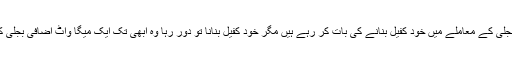
نتیش کمار گذشتہ 5 برسوں سے بہار کو بجلی کے معاملے میں خود کفیل بنانے کی بات کر رہے ہیں مگر خود کفیل بنانا تو دور رہا وہ ابھی تک ایک میگا واٹ اضافی بجلی کی پیداوار کا بھی انتظام نہیں کر پائے ہیں۔